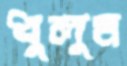
ধুলুম